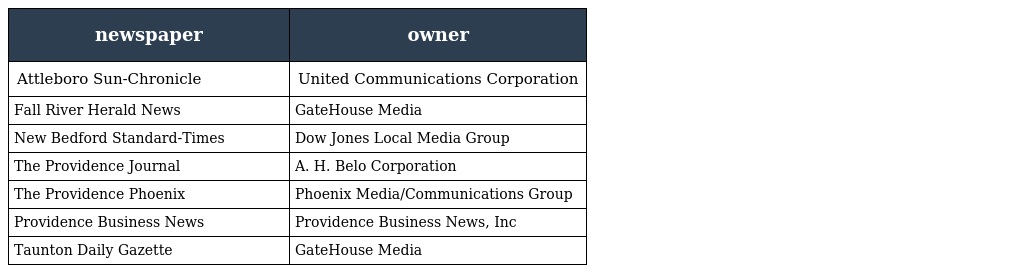
| newspaper | owner |
 | --- | --- |
 | Attleboro Sun-Chronicle | United Communications Corporation |
 | Fall River Herald News | GateHouse Media |
 | New Bedford Standard-Times | Dow Jones Local Media Group |
 | The Providence Journal | A. H. Belo Corporation |
 | The Providence Phoenix | Phoenix Media/Communications Group |
 | Providence Business News | Providence Business News, Inc |
 | Taunton Daily Gazette | GateHouse Media |